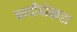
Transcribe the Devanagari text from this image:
बन्दीपोखरा